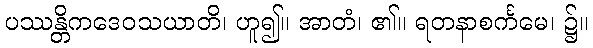
ပဿန္တိကဒေဝသယာတိ၊ ဟူ၍။ အာတံ၊ ၏။ ရတနာစင်္ကမေ၊ ၌။